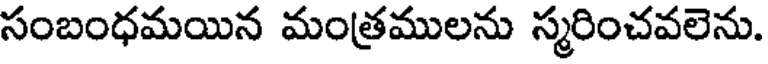
సంబంధమయిన మంత్రములను స్మరించవలెను.